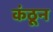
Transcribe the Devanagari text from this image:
कंठून